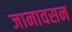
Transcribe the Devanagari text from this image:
जानावसन